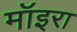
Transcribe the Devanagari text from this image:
मॉइरा